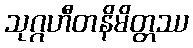
သုဂ္ဂဟီတနိမိတ္တဿ